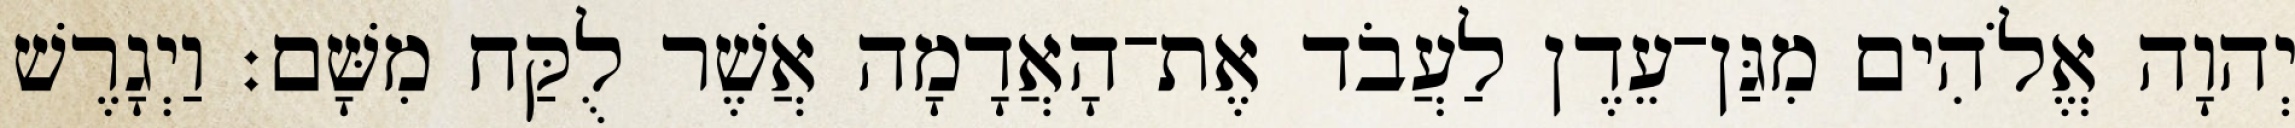
יְהוָה אֱלֹהִים מִגַּן־עֵדֶן לַעֲבֹד אֶת־הָאֲדָמָה אֲשֶׁר לֻקַּח מִשָּׁם׃ וַיְגָרֶשׁ